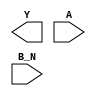
module sky130_fd_sc_hdll__nor2b (
    Y  ,
    A  ,
    B_N
);

    output Y  ;
    input  A  ;
    input  B_N;

    // Voltage supply signals
    supply1 VPWR;
    supply0 VGND;
    supply1 VPB ;
    supply0 VNB ;

endmodule